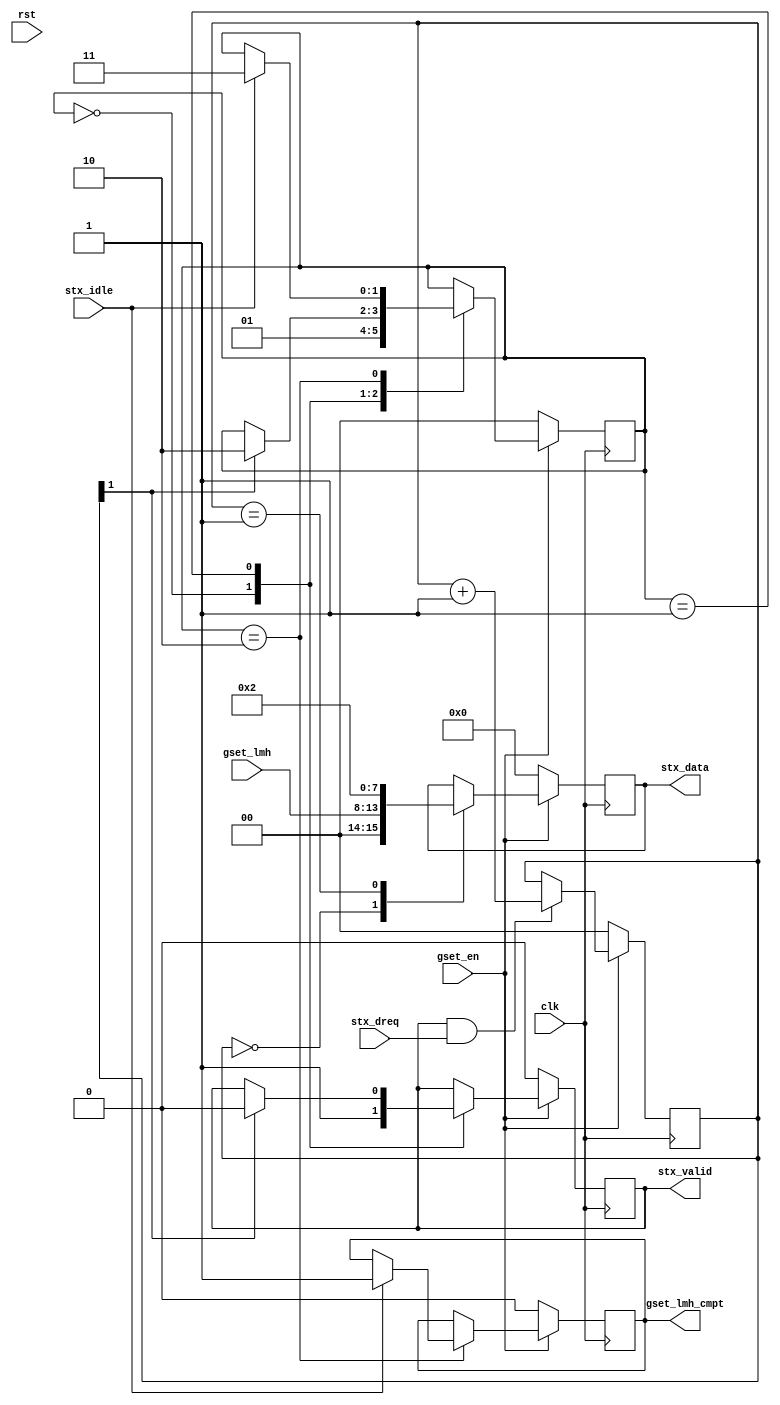
`timescale 1ns / 1ps
//////////////////////////////////////////////////////////////////////////////////
// Company:
// Engineer:
//
// Design Name:
// Module Name: Tc_PL_cap_gain_lmh_tx
// Project Name:
// Target Devices:
// Tool Versions:
// Description:
//
// Dependencies:
//
// Revision:
// Revision 0.01 - File Created
// Additional Comments:
//
//////////////////////////////////////////////////////////////////////////////////


module Tc_PL_cap_gain_lmh_tx
#(
parameter CAP0_13 = 6 ,
          SPI0_0  = 8
)(
input                     clk                ,
input                     rst                ,
input                     gset_en            ,
output                    gset_lmh_cmpt      ,
input      [CAP0_13-1:0]  gset_lmh           ,
input                     stx_idle           ,
input                     stx_dreq           ,
output                    stx_valid          ,
output     [SPI0_0-1:0]   stx_data
    );

wire[7:0]  lmh_data = gset_lmh           ;
wire[6:0]  lmh_addr = 2                  ;
wire[15:0] lmh_tx   = {lmh_addr,lmh_data};

reg               t_gset_lmh_cmpt =0;
reg               t_stx_valid     =0;
reg [SPI0_0-1:0]  t_stx_data      =0;

reg[1:0] tx_cnt=0;

localparam S_INIT = 0,
           S_TXD  = 1,
           S_DEL  = 2,
           S_CMPT = 3;
reg[1:0] state = S_INIT;
always@(posedge clk)begin
	if(!gset_en)begin
		state           <= S_INIT ;
		t_gset_lmh_cmpt <= 0      ;
		t_stx_valid     <= 0      ;
	end else begin
		case(state)
			S_INIT :begin
				state           <= S_TXD  ;
				t_stx_valid     <= 1      ;
			end
			S_TXD  :begin
			 	if(tx_cnt[1])begin
					state           <= S_DEL  ;
					t_stx_valid     <= 0      ;
			 	end
			end
			S_DEL  :begin
			 	if(stx_idle)begin
					state           <= S_CMPT ;
					t_gset_lmh_cmpt <= 1      ;
			 	end
			end
			S_CMPT :begin

			end
		endcase
	end
end

always@(posedge clk)begin
	if(!gset_en)begin
		tx_cnt <= 0;
	end else begin
		if(stx_valid&stx_dreq)begin
			tx_cnt <= tx_cnt + 1;
		end
	end
end

always@(posedge clk)begin
	if(!gset_en)begin
		t_stx_data <= 0;
	end else begin
		case(tx_cnt)
			0:t_stx_data <= lmh_tx[(SPI0_0*0)+:SPI0_0];
			1:t_stx_data <= lmh_tx[(SPI0_0*1)+:SPI0_0];
		endcase
	end
end

assign gset_lmh_cmpt = t_gset_lmh_cmpt ;
assign stx_valid     = t_stx_valid     ;
assign stx_data      = t_stx_data      ;

endmodule